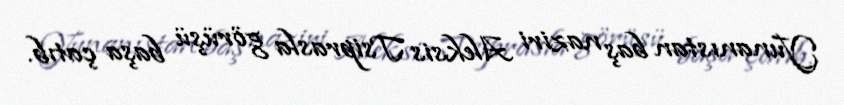
Yunanıstan baş naziri Aleksis Tsiprasla görüşü başa çatıb.